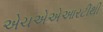
એચએએઆરટીથી